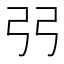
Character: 𫸪